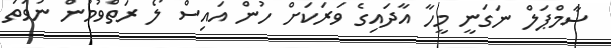
ސާމްޕަލް ނަގަނީ މީހާ އާދައިގެ ވަރަކަށް ހުން އައިސް ލޯ ރަތްވުމުން ނުވަތަ